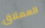
العملاق